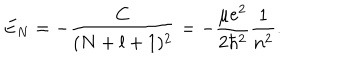
E _ { N } = - \frac { C } { ( N + l + 1 ) ^ { 2 } } = - \frac { \mu e ^ { 2 } } { 2 \hbar ^ { 2 } } \frac { 1 } { n ^ { 2 } } .